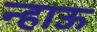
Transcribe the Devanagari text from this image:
न्हाऊ